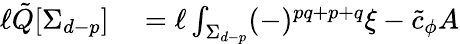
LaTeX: \begin{array}{rl}{\ell\tilde{Q}[\Sigma_{d-p}]}&{{}=\ell\int_{\Sigma_{d-p}}(-)^{pq+p+q}\xi-\tilde{c}_{\phi}A}\end{array}